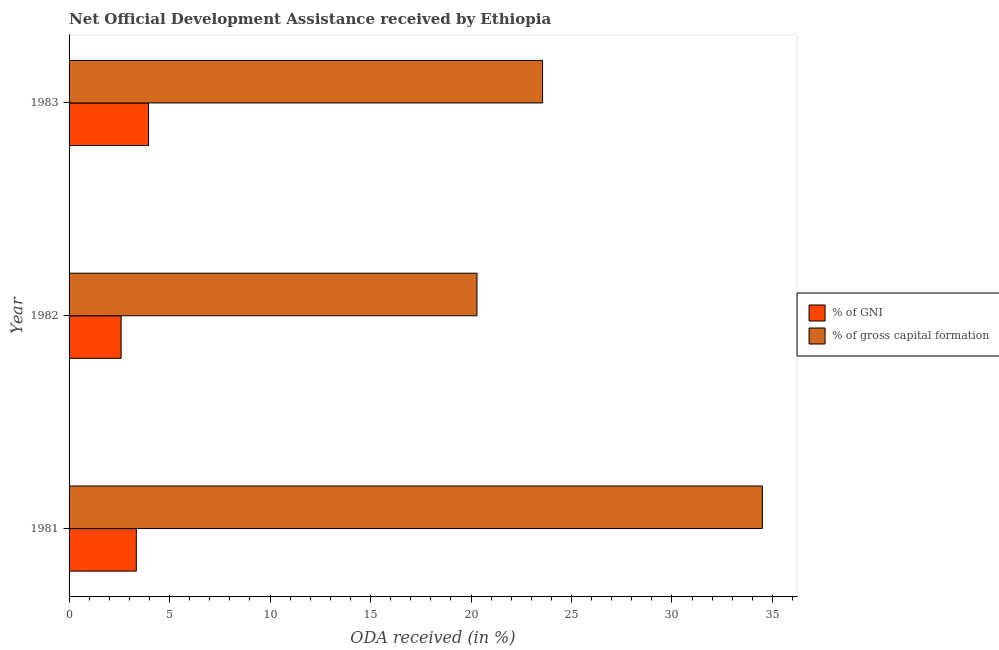
| Year | % of GNI | % of gross capital formation |
 | --- | --- | --- |
 | 1981 | 3.35 | 34.5 |
 | 1982 | 2.59 | 20.3 |
 | 1983 | 3.95 | 23.6 |